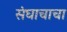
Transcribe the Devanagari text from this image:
संघाचाचा